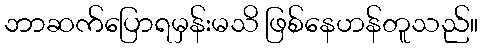
ဘာဆက်ပြောရမှန်းမသိ ဖြစ်နေဟန်တူသည်။